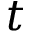
t